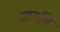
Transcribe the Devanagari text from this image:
सामग्रि